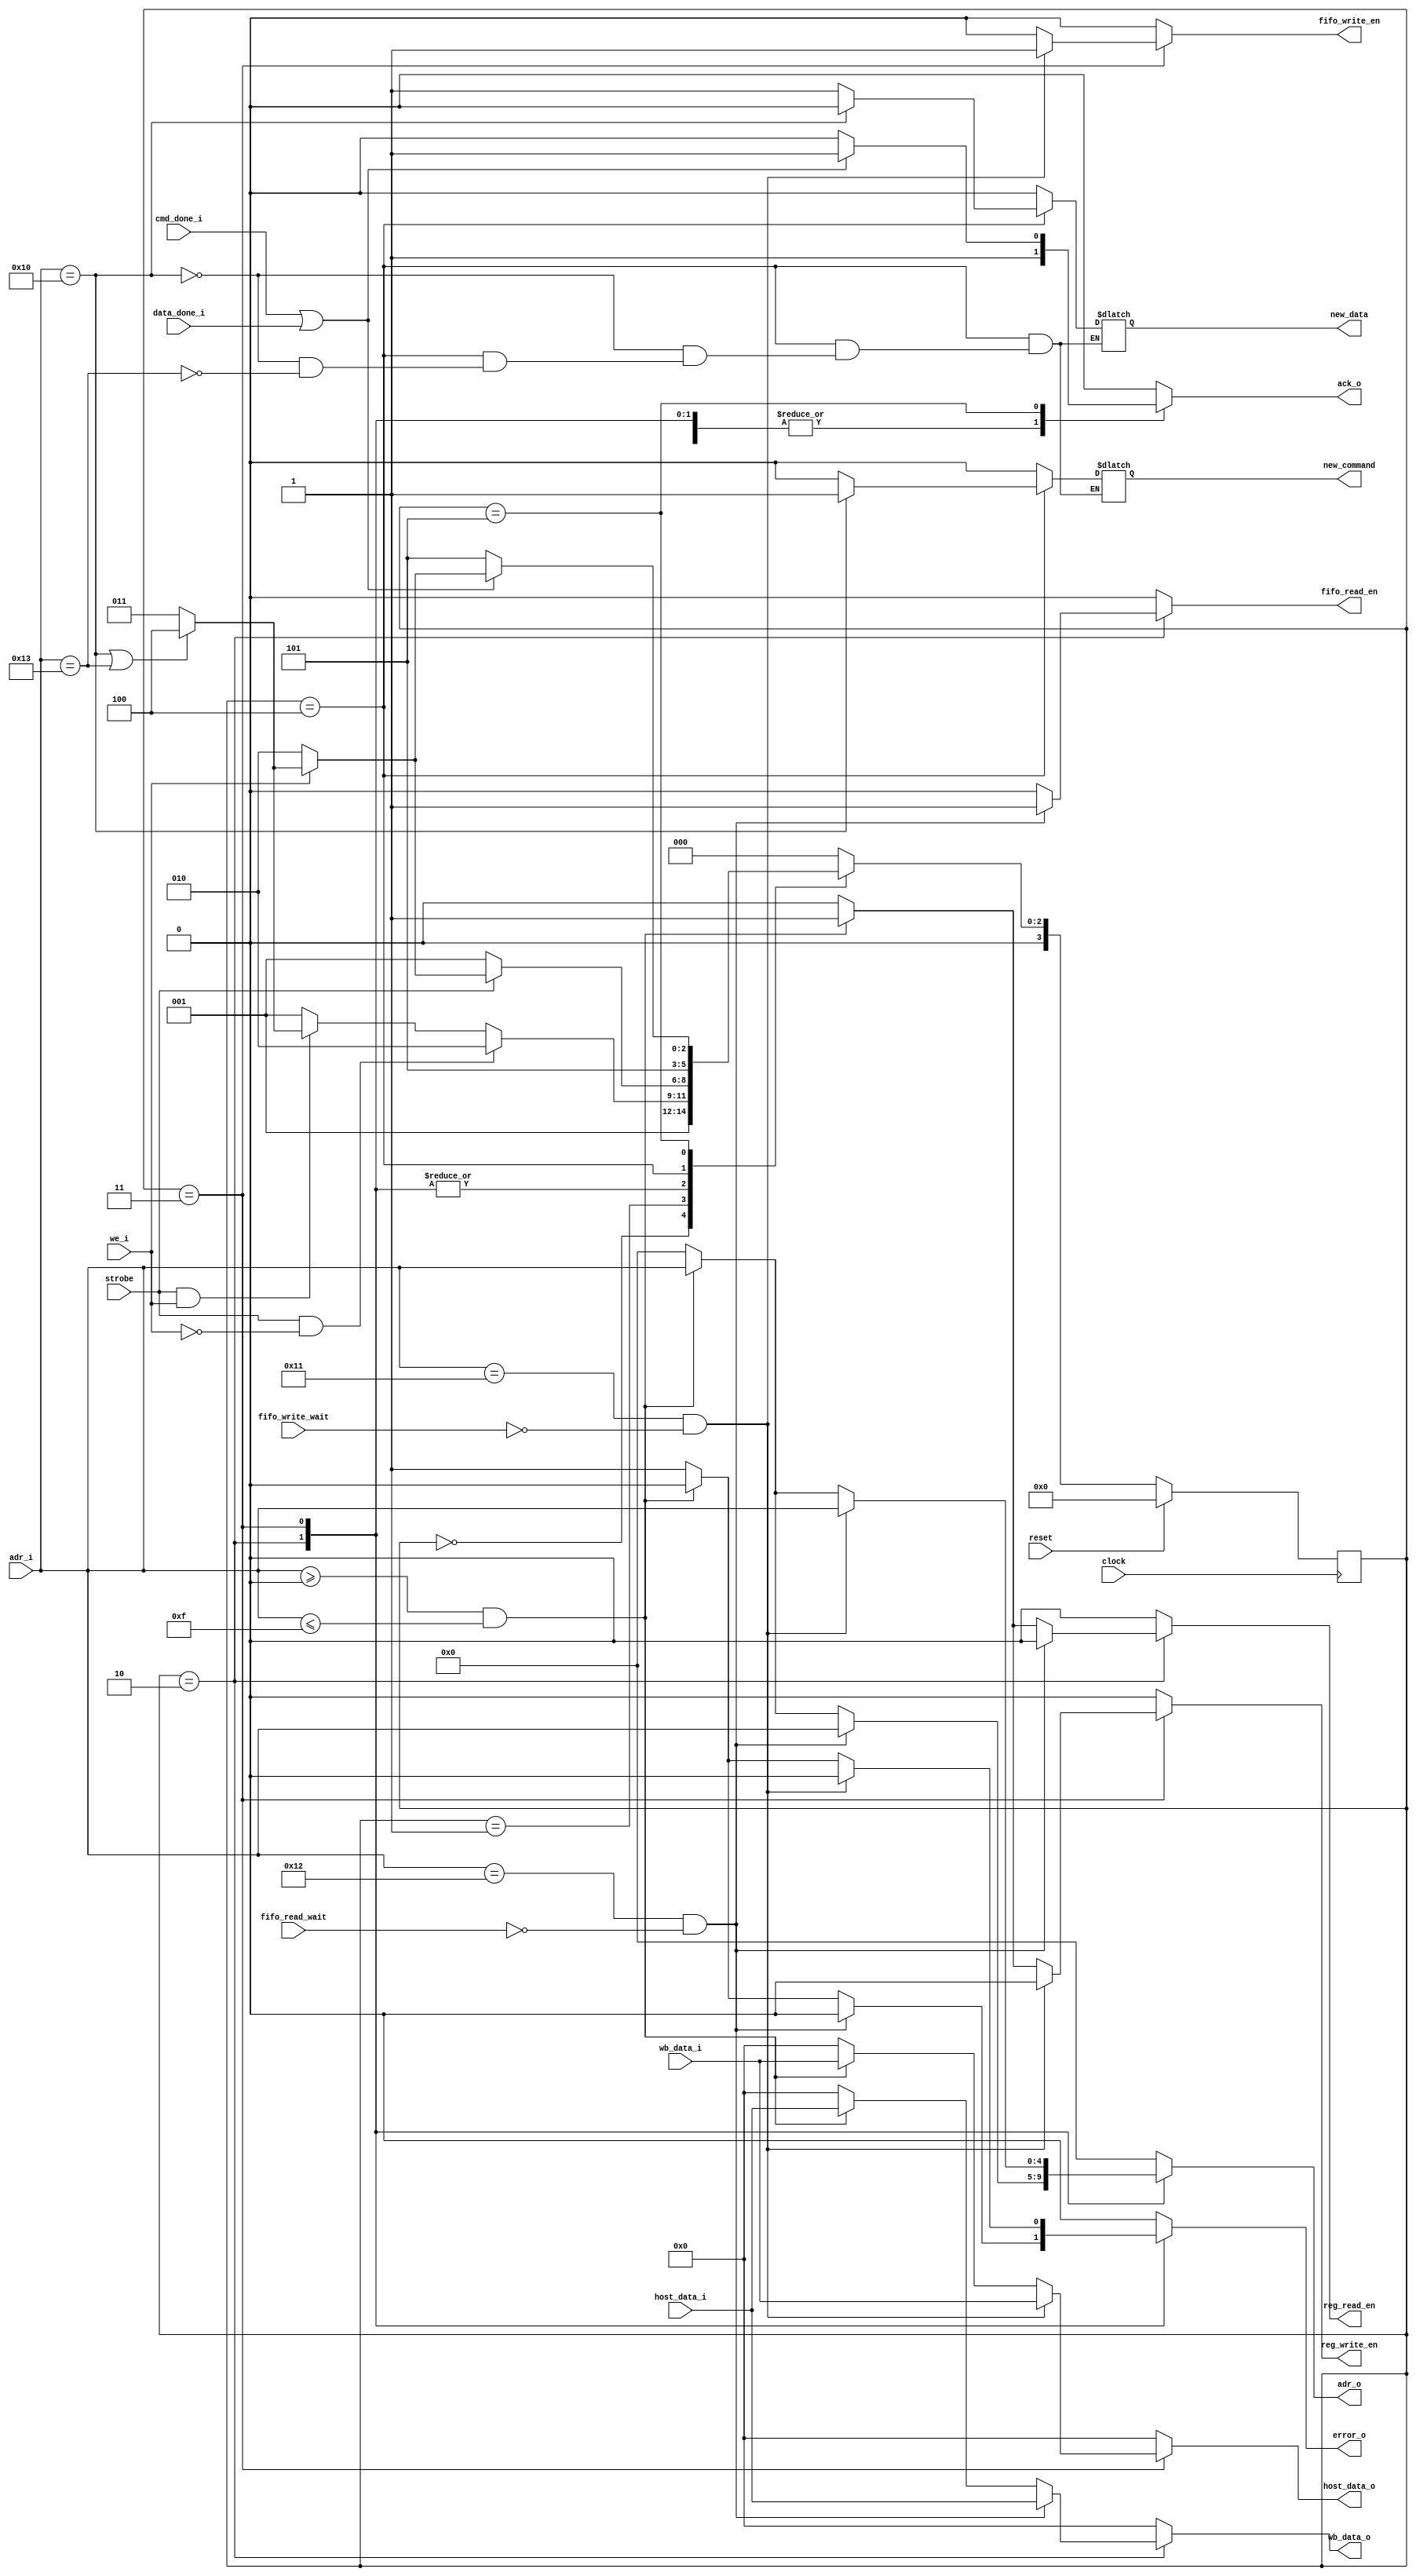
module wishbone_slave ( // Wishbone Slave

	//Common Inputs
	input wire 		clock,
	input wire 		reset,
	
	
	//Inputs from Host
	input wire [127:0]	host_data_i,
	input wire 		cmd_done_i,
	input wire 		data_done_i,
	input wire 		fifo_write_wait,
	input wire 		fifo_read_wait,
	
	//Outputs to Host
	output reg 		new_data,
	output reg 		new_command,
	output reg	[127:0]	host_data_o,
	output reg			fifo_read_en,
	output reg			fifo_write_en,
	output reg			reg_read_en,
	output reg			reg_write_en,
	output reg	[4:0]	adr_o,
	
	//Inputs from Wishbone Master
	input wire 		we_i, //write_enable 
	input wire [4:0]	adr_i, 
	input wire 		strobe, // Strobe
	input wire [127:0] wb_data_i,
	
	//Outputs to Wishbone Master
	output reg [127:0]	wb_data_o,
	output reg 		ack_o,
	output reg			error_o
	
);

// registers
parameter SIZE = 4;
reg [SIZE-1:0] state = 3'd0; // 4 states
reg [SIZE-1:0] next_state;
reg dummy_count;

parameter RESET		= 3'd0; 
parameter IDLE   		= 3'd1;
parameter READ			= 3'd2;
parameter WRITE		= 3'd3;
parameter EXEC			= 3'd4;
parameter WBWAIT		= 3'd5;


//Next state logic
always @(*) begin
	case(state) 

		RESET:
			begin
				next_state = IDLE;
			end
		
		IDLE:
			begin
				if(strobe & !we_i) 
					next_state = READ;
				else if(strobe & we_i)
					if(adr_i == 5'd16 || adr_i == 5'd19)
						next_state = EXEC;
					else
						next_state = WRITE;
				else 
					next_state = IDLE;
			end
		
		READ:
			begin
				if(!strobe)
					next_state = IDLE;
				else if(!we_i)
					next_state = READ;
				else
					if(adr_i == 5'd16 || adr_i == 5'd19)
						next_state = EXEC;
					else
						next_state = WRITE;
			end
			
		WRITE:
			begin
				if(!strobe) 
					next_state = IDLE;
				else if(we_i)
					begin
						if(adr_i == 5'd16 || adr_i == 5'd19) // CMD EX o DAT EX
							next_state = EXEC;
						else
							next_state = WRITE;
					end
				else 
					next_state = READ;
			
				//else if(adr_i == 5'd16 || adr_i == 5'd19) // CMD EX
				//	begin
				//		if(we_i)
				//			next_state = EXEC;
				//		else
				//			next_state = READ;
				//	end
					
				//else
				//	if(we_i)
				//		next_state = WRITE;
				//	else
				//		next_state = READ;
			end
			
		EXEC:
			begin
				next_state = WBWAIT;
			end
			
		WBWAIT:
			begin
				if(cmd_done_i || data_done_i)
					begin
						if(we_i)
							if(adr_i == 5'd16 || adr_i == 5'd19)
								next_state = EXEC;
							else
								next_state = WRITE;
						else
							next_state = READ;
					end
				else
						next_state = WBWAIT;
				
			end
			
		default:
			next_state = RESET;
	endcase 
end


//Outputs logic
always @(*) begin
	case(state)
	
		RESET:
			begin
				ack_o 		  = 1'b0;
				new_command   = 1'b0;
				new_data	  = 1'b0;
				host_data_o   = 128'b0;
				wb_data_o	  = 128'b0;
				fifo_read_en  = 1'b0;
				fifo_write_en = 1'b0;
				reg_read_en   = 1'b0;
				reg_write_en  = 1'b0;
				error_o		  = 1'b0;
				adr_o		  = 5'b0;
			end
		
		IDLE:
			begin
				ack_o 		  = 1'b0;
				new_command   = 1'b0;
				new_data	  = 1'b0;
				host_data_o   = 128'b0;
				wb_data_o	  = 128'b0;
				fifo_read_en  = 1'b0;
				fifo_write_en = 1'b0;
				reg_read_en   = 1'b0;
				reg_write_en  = 1'b0;
				error_o		  = 1'b0;
				adr_o 		  = 5'b0;
			end
		
		READ:
			begin
				ack_o 		= 1'b1;
				new_command = 1'b0;
				new_data	= 1'b0;
				host_data_o = 128'b0;
				error_o		= 1'b0;
				if(adr_i == 5'd18 && !fifo_read_wait)
					begin
						fifo_read_en  = 1'b1;
						fifo_write_en = 1'b0;
						reg_read_en   = 1'b0;
						reg_write_en  = 1'b0;
						wb_data_o	  = host_data_i;
						adr_o 		  = adr_i;
					end
				else if(adr_i >=0 && adr_i<=15)
					begin
						fifo_read_en  = 1'b0;
						fifo_write_en = 1'b0;
						reg_read_en   = 1'b1;
						reg_write_en  = 1'b0;
						wb_data_o	  = host_data_i;
						adr_o 		  = adr_i;
					end	
				else
					begin
						fifo_read_en  = 1'b0;
						fifo_write_en = 1'b0;
						reg_read_en   = 1'b0;
						reg_write_en  = 1'b0;
						error_o		  = 1'b1;
						wb_data_o	  = 128'b0;
						adr_o 		  = 5'b0;
					end
				
			end				
		
		WRITE:
			begin	
				//~ if(adr_i == 5'd16) // CMD
					//~ begin
						//~ ack_o 		= 1'b1;
						//~ new_command = 1'b1;
						//~ new_data	= 1'b0;
						//~ host_data_o = wb_data_i;
						//~ wb_data_o	= 128'b0;
						//~ fifo_read_en  = 1'b0;
						//~ fifo_write_en = 1'b0;
						//~ reg_read_en   = 1'b0;
						//~ reg_write_en  = 1'b0;
						//~ error_o		  = 1'b0;
						//~ adr_o		  = adr_i;
					//~ end
				//~ else 
				if (adr_i == 5'd17 && !fifo_write_wait) //FIFO WRITE
					begin
						ack_o 		= 1'b1;
						new_command = 1'b0;
						new_data	= 1'b0;
						host_data_o = wb_data_i;
						wb_data_o = 128'b0;
						fifo_read_en  = 1'b0;
						fifo_write_en = 1'b1;
						reg_read_en   = 1'b0;
						reg_write_en  = 1'b0;
						error_o		  = 1'b0;
						adr_o		  = adr_i;
					end
				//~ else if (adr_i == 5'd19) //DATA EXECUTE
					//~ begin
						//~ ack_o 		= 1'b1;
						//~ new_command = 1'b0;
						//~ new_data	= 1'b1;
						//~ host_data_o = 128'b0;
						//~ wb_data_o	= 128'b0;
						//~ fifo_read_en  = 1'b0;
						//~ fifo_write_en = 1'b0;
						//~ reg_read_en   = 1'b0;
						//~ reg_write_en  = 1'b0;
						//~ error_o		  = 1'b0;
						//~ adr_o		  = adr_i;
					//~ end
				else if(adr_i >= 5'd0 && adr_i <=5'd15)// REG
					begin
						ack_o 		= 1'b1;
						new_command = 1'b0;
						new_data	= 1'b0;
						host_data_o = wb_data_i;
						wb_data_o	= 128'b0;
						fifo_read_en = 1'b0;
						fifo_write_en = 1'b0;
						reg_read_en   = 1'b0;
						reg_write_en  = 1'b1;
						error_o		  = 1'b0;
						adr_o		  = adr_i;
					end
				else 
					begin
						ack_o 		= 1'b1;
						new_command = 1'b0;
						new_data	= 1'b0;
						host_data_o = 128'b0;
						wb_data_o	= 128'b0;
						fifo_read_en = 1'b0;
						fifo_write_en = 1'b0;
						reg_read_en   = 1'b0;
						reg_write_en  = 1'b0;
						error_o		  = 1'b1;
						adr_o		  = 5'b0;
					end
			end
		EXEC:
			begin
				if(adr_i == 5'd16) begin
					new_command = 1'b1;
					new_data = 1'b0;
				end
				else if(adr_i == 5'd19) begin
					new_data = 1'b1;
					new_command = 1'b0;
				end
				ack_o	 	  = 1'b1;
				//new_command   = 1'b0;
				//new_data	  = 1'b0;	
				host_data_o   = 128'b0;
				wb_data_o 	  = 128'b0;
				fifo_read_en  = 1'b0;
				fifo_write_en = 1'b0;
				reg_read_en   = 1'b0;
				reg_write_en  = 1'b0;
				error_o		  = 1'b0;
				adr_o		  = 5'b0;
			end
		
		WBWAIT:
			begin
				if(cmd_done_i || data_done_i)
					ack_o	  = 1'b1;
				else 
					ack_o 	  = 1'b0;
				new_command   = 1'b0;
				new_data	  = 1'b0;	
				host_data_o   = 128'b0;
				wb_data_o 	  = 128'b0;
				fifo_read_en  = 1'b0;
				fifo_write_en = 1'b0;
				reg_read_en   = 1'b0;
				reg_write_en  = 1'b0;
				error_o		  = 1'b0;
				adr_o		  = 5'b0;
			end
		
		default:
			begin
				ack_o 		  = 1'b0;
				new_command   = 1'b0;
				new_data	  = 1'b0;	
				host_data_o   = 128'b0;
				wb_data_o 	  = 128'b0;
				fifo_read_en  = 1'b0;
				fifo_write_en = 1'b0;
				reg_read_en   = 1'b0;
				reg_write_en  = 1'b0;
				error_o		  = 1'b0;
				adr_o 		  = 5'b0;
			end
	endcase
end

always @ (posedge clock  ) begin 
	if (reset) begin
		state <=  RESET;
	end 
	else begin
		state <=  next_state;
	end
end


endmodule